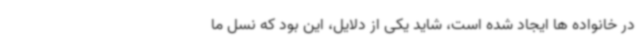
در خانواده ها ایجاد شده است، شاید یکی از دلایل، این بود که نسل ما